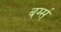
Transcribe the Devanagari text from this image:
बर्ग्स